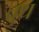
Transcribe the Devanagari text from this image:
चुथ